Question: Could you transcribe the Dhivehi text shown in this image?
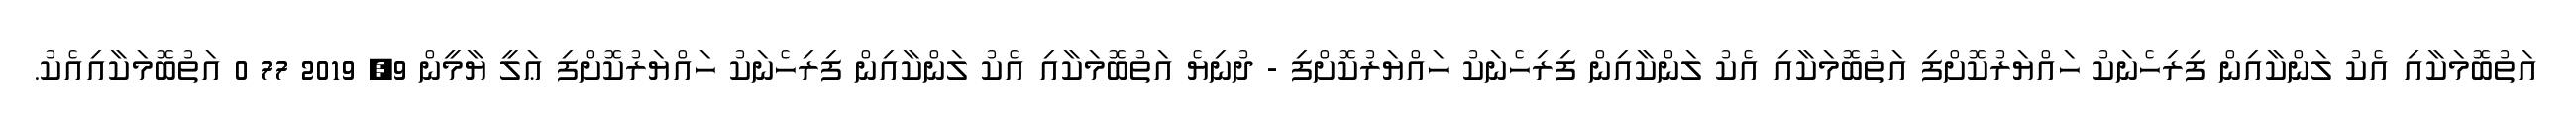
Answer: އަތުބޮމަކާއި އެކު ލަންކާއިން ފިރިހެނަކު ހައްޔަރުކޮށްފި އަތުބޮމަކާއި އެކު ލަންކާއިން ފިރިހެނަކު ހައްޔަރުކޮށްފި - ދުނިޔެ އަތުބޮމަކާއި އެކު ލަންކާއިން ފިރިހެނަކު ހައްޔަރުކޮށްފި ޢަލީ ޔާމީން 9, 2019 77 0 އަތުބޮމަކާއިއެކު.